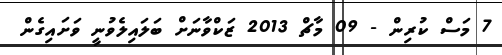
7 މަސް ކުރިން - 09 މާޗް 2013 ޒަކްވާނަށް ބަލައިލެވުނީ ވަށައިގެން